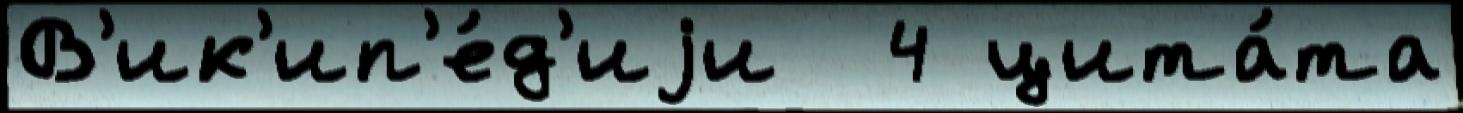
В'ик'ип'е́д'иjи  4 цита́та